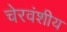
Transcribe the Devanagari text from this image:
चेरवंशीय